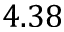
4 . 3 8